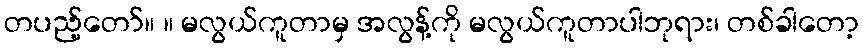
တပည့်တော်။ ။ မလွယ်ကူတာမှ အလွန့်ကို မလွယ်ကူတာပါဘုရား၊ တစ်ခါတော့